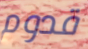
قدوم